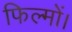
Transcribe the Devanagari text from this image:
फिल्मों।